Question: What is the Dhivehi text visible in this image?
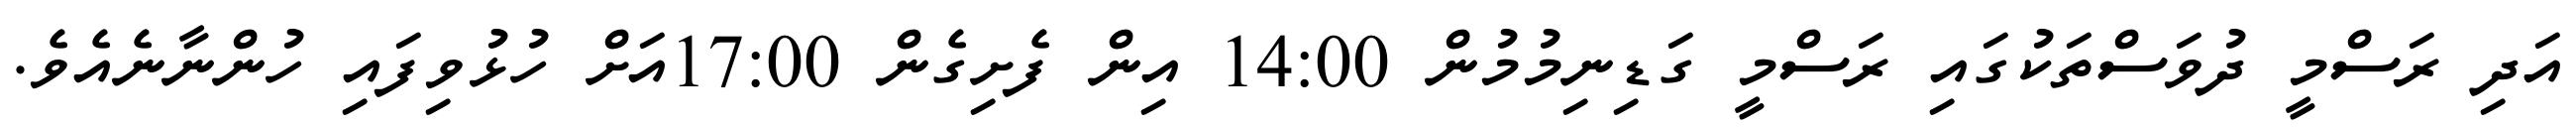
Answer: އަދި ރަސްމީ ދުވަސްތަކުގައި ރަސްމީ ގަޑިނިމުމުން 14:00 އިން ފެށިގެން 17:00އަށް ހުޅުވިފައި ހުންނާނެއެވެ.